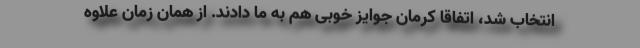
انتخاب شد، اتفاقاً کرمان جوایز خوبی هم به ما دادند. از همان زمان علاوه